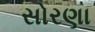
સોરણા